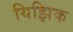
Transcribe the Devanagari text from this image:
यिझिक